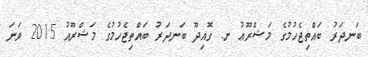
ބަނދަރު ބައްތިޖެހުމުގެ މަޝްރޫޢު ށ. ގޮއިދޫ ބަނދަރު ބައްތިޖެހުމުގެ މަޝްރޫއު 2015 ވަނަ